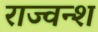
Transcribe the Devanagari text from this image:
राज्वन्श